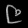
Digit: ၉